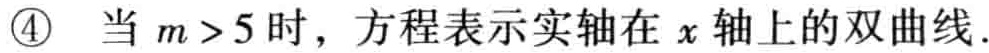
\textcircled{4} 当 \(m > 5\) 时，方程表示实轴在 \(x\) 轴上的双曲线.